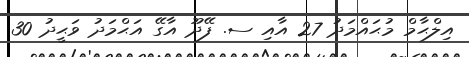
އިލްޙާމް މުޙައްމަދު 27 އާއި ސ. ފޭދޫ އާގޭ އަޙްމަދު ވަޙީދު 30